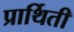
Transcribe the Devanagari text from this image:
प्रार्थिती